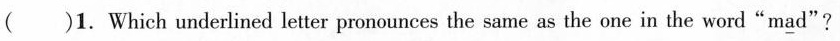
( )1. Which underlined letter pronounces the same as the one in the word "m\underline{a}d"?